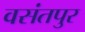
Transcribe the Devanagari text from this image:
वसंतपुर